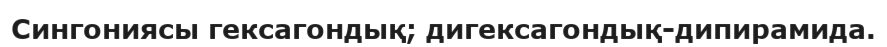
Сингониясы гексагондық; дигексагондық-дипирамида.